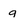
Character: g